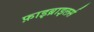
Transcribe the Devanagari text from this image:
फ़ाइब्राइलर्स